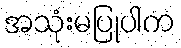
အသုံးမပြုပါက